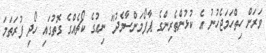
ވަރަށް ހިތްހަމަޖެހުނު އެ ކުޅުންތެރިންގެ ޕާފޯމަންސާމެދު" ނިއުގެ ކޯޗެއްގެ ގޮތުގައި ހޯދި ފުރަތަމަ